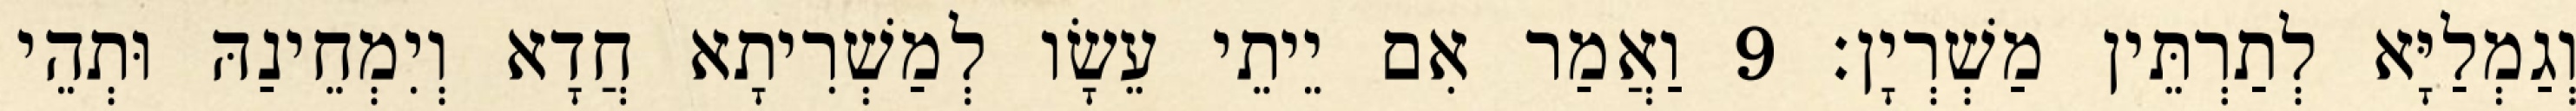
וְגַמְלַיָּא לְתַרְתֵּין מַשְׁרְיָן׃ 9 וַאֲמַר אִם יֵיתֵי עֵשָׂו לְמַשְׁרִיתָא חֲדָא וְיִמְחֵינַהּ וּתְהֵי